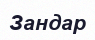
Зандар